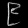
Digit: ၉